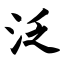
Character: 泛